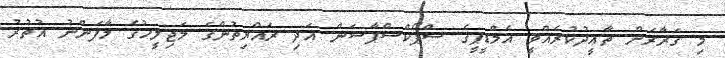
މި ގަރާރަށް ތާޢީދުކުރެއްވީ އެމްޑީޕީގެ ސްޕޯކްސްޕާސަން އަދި ރައްޔިތުންގެ މަޖިލީހުގެ މާފަންނު އުތުރު